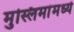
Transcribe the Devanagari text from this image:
मुस्लिमांमध्ये